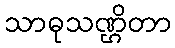
သာဓုသဏ္ဌိတာ